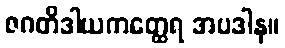
ဇဂတိဒါယကတ္ထေရ အပဒါန။